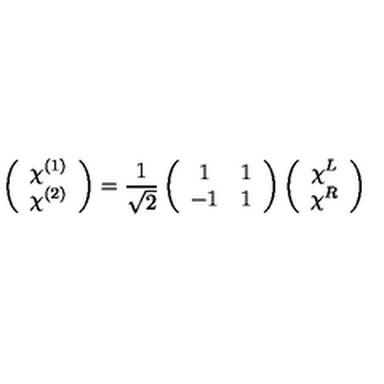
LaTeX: \left( \begin{array} { c } { \chi ^ { ( 1 ) } } \\ { \chi ^ { ( 2 ) } } \\ \end{array} \right) = \frac { 1 } { \sqrt { 2 } } \left( \begin{array} { c c } { 1 } & { 1 } \\ { - 1 } & { 1 } \\ \end{array} \right) \left( \begin{array} { c } { \chi ^ { L } } \\ { \chi ^ { R } } \\ \end{array} \right)